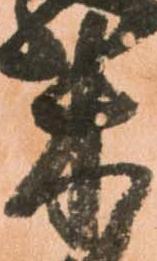
木